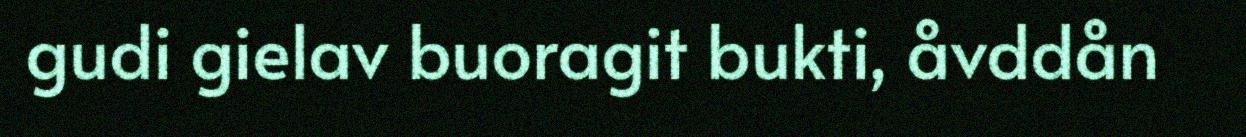
gudi gielav buoragit bukti, åvddån